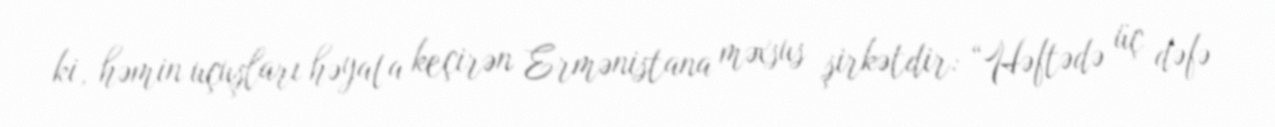
ki, həmin uçuşları həyata keçirən Ermənistana məxsus şirkətdir: “Həftədə üç dəfə